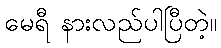
မေရီ နားလည်ပါပြီတဲ့။